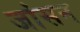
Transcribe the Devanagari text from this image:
जांसन